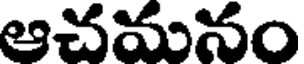
ఆచమనం